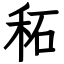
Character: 䄷